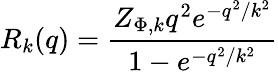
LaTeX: R_{k}(q)=\frac{Z_{\Phi,k}q^{2}e^{-q^{2}/k^{2}}}{1-e^{-q^{2}/k^{2}}}